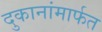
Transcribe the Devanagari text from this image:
दुकानांमार्फत